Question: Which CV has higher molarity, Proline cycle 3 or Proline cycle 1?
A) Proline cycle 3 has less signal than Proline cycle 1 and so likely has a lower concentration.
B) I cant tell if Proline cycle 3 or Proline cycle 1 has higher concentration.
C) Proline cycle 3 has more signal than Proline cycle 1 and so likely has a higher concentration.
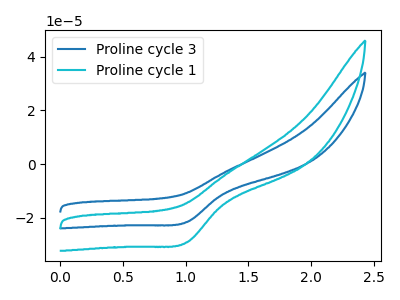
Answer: <think>The blue curve "Proline cycle 3" has a cathodic peak at: (1.00V, -21.60uA). The cyan curve "Proline cycle 1" has a cathodic peak at: (1.00V, -29.15uA).
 All the peaks in "Proline cycle 3" have a peak in "Proline cycle 1" at the same potential. Every peak in "Proline cycle 3" is lower than every peak in "Proline cycle 1".</think>
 <answer>A) "Proline cycle 3" has less signal than "Proline cycle 1" and so likely has a lower concentration.</answer>
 <eval>A</eval>